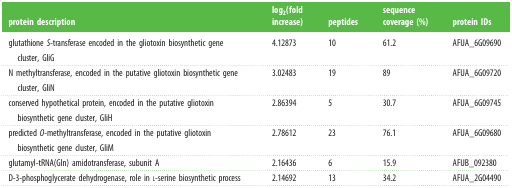
<table><thead><tr><td><b>protein description</b></td><td><b>log<sub>2</sub>(fold increase)</b></td><td><b>peptides</b></td><td><b>sequence coverage (%)</b></td><td><b>protein IDs</b></td></tr></thead><tbody><tr><td>glutathione <i>S</i>-transferase encoded in the gliotoxin biosynthetic gene cluster, GliG</td><td>4.12873</td><td>10</td><td>61.2</td><td>AFUA_6G09690</td></tr><tr><td>N methyltransferase, encoded in the putative gliotoxin biosynthetic gene cluster, GliN</td><td>3.02483</td><td>19</td><td>89</td><td>AFUA_6G09720</td></tr><tr><td>conserved hypothetical protein, encoded in the putative gliotoxin biosynthetic gene cluster, GliH</td><td>2.86394</td><td>5</td><td>30.7</td><td>AFUA_6G09745</td></tr><tr><td>predicted <i>O</i>-methyltransferase, encoded in the putative gliotoxin biosynthetic gene cluster, GliM</td><td>2.78612</td><td>23</td><td>76.1</td><td>AFUA_6G09680</td></tr><tr><td>glutamyl-tRNA(Gln) amidotransferase, subunit A</td><td>2.16436</td><td>6</td><td>15.9</td><td>AFUB_092380</td></tr><tr><td>D-3-phosphoglycerate dehydrogenase, role in l-serine biosynthetic process</td><td>2.14692</td><td>13</td><td>34.2</td><td>AFUA_2G04490</td></tr></tbody></table>